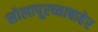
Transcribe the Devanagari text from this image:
सोलापूरच्याबाहेर